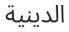
الدینیة